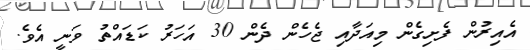
އެއިރުން ފެށިގެން މިއަދާއި ޖެހެން ދެން 30 އަހަރު ކަޑައްތު ވަނީ އެވެ.